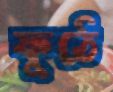
ফুঠে